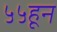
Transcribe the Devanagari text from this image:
५५हून